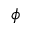
\phi